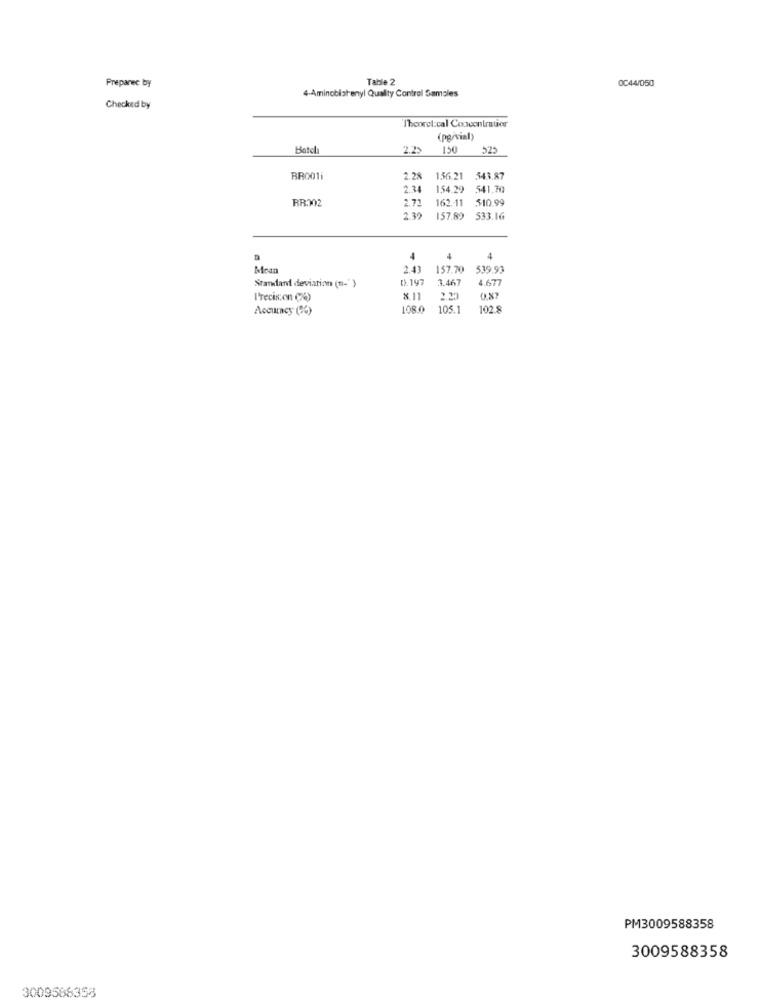
Preparec by
Table 2
0C44/050
4-Aminobiatenyl Quality Control Samoles
Checked by
l'hcorel:cal Concentrator
(pg/vial)
Batel
2.25
150
525
BR001
2.28
156.21
543.87
2:34
154.29
541,70
RB.302
2.72
162 .- 11
$10.99
157.89
533.16
4
4
4
Mean
2.43
157.70
539.93
Standard deviation (1)-")
().197
3.467 4.677
Precision (4)
811
2.20
0.87
Accuracy (%)
108.0
105.1
102.8
PM3009588358
3009588358
3009568358